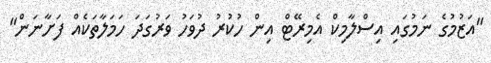
"އަޒުމުގެ ނަމުގައި އިސްލާމިކް އެމިރޭޓް އިން ހުކުރު ދުވަހު ވަރުގަދަ ހަމަލާތަކެއް ފަށާނަން"